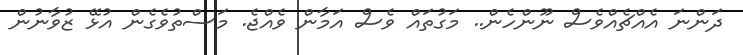
ދަންނަ އެއްޗެއްވެސް ނޫންހެން.. މަގުތައް ވެސް އަމާން ވެއްޖެ. މަސްތުވެގެން އުޅޭ ޒުވާނުން